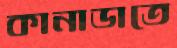
কানাডাতে